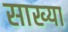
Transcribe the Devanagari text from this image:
साख्या